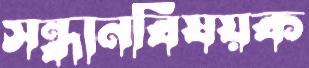
সন্ধানবিষয়ক